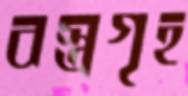
বস্ত্রগৃহ